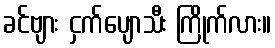
ခင်ဗျား ငှက်ပျောသီး ကြိုက်လား။